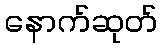
နောက်ဆုတ်